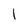
Character: 1